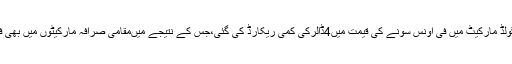
10 اگست2018ء)بین الاقوامی گولڈ مارکیٹ میں فی اونس سونے کی قیمت میں4ڈالرکی کمی ریکارڈ کی گئی،جس کے نتیجے میںمقامی صرافہ مارکیٹوں میں بھی فی تولاسونا350روپے سستاہوگیا۔